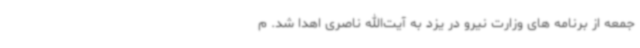
جمعه از برنامه های وزارت نیرو در یزد به آیت‌الله ناصری اهدا شد. م